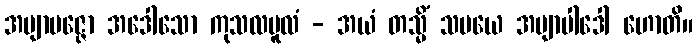
အဗျာပဇ္ဇော အဒေါသော ကုသလမူလံ - အယံ တသ္မိံ သမယေ အဗျာပါဒေါ ဟောတိ။